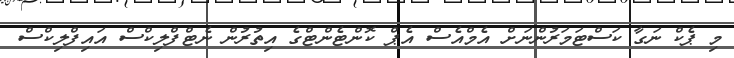
މި ޕެކް ނަގާ ކަސްޓަމަރުންނަށް އެމްއެސް އެޕް ކޮންޓެންޓްގެ އިތުރުން ނެޓްފްލިކްސް އައިފްލިކްސް